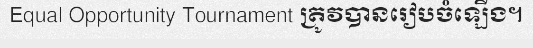
Equal Opportunity Tournament ត្រូវបានរៀបចំឡើង។